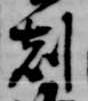
刻